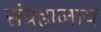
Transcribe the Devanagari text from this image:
संग्रहालाय